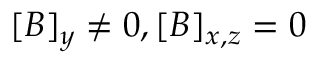
[ \boldsymbol { B } ] _ { y } \neq 0 , [ \boldsymbol { B } ] _ { x , z } = 0